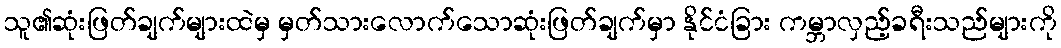
သူ၏ဆုံးဖြတ်ချက်များထဲမှ မှတ်သားလောက်သောဆုံးဖြတ်ချက်မှာ နိုင်ငံခြား ကမ္ဘာလှည့်ခရီးသည်များကို